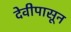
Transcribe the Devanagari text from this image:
देवीपासून